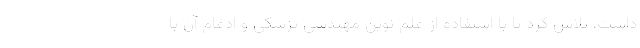
داشت، تلاش کرد تا با استفاده از علم نوین مهندسی پزشکی و ادغام آن با